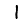
Digit: 1